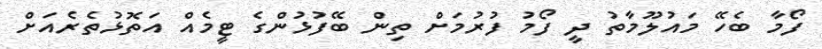
ފޯމާ ބެހޭ މައުލޫމާތު ދީ ފޯމު ފުރުމަށް ތިން ބޭފުޅުންގެ ޓީމެއް އަތޮޅުތެރެއަށް